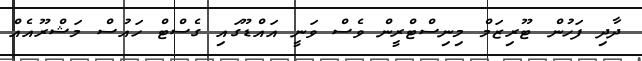
ދާދި ފަހުން ޓޫރިޒަމް މިނިސްޓްރީން ވެސް ވަނީ އައްޑޫގައި ގެސްޓް ހައުސް މަޝްރޫއެއް